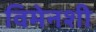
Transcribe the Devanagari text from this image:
विमेनशी